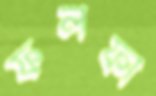
ফলফা